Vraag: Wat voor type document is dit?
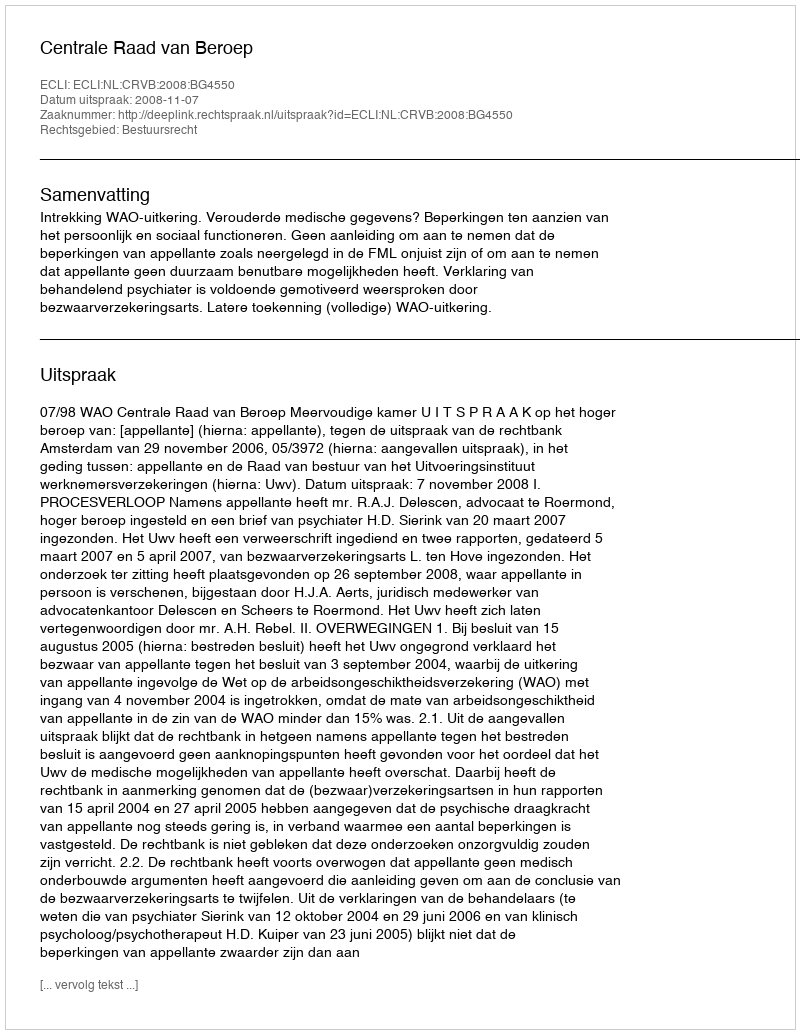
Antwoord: Uitspraak